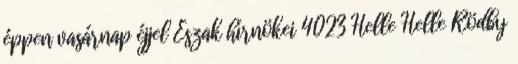
éppen vasárnap éjjel Észak hírnökei 4023 Helle Helle Rödby